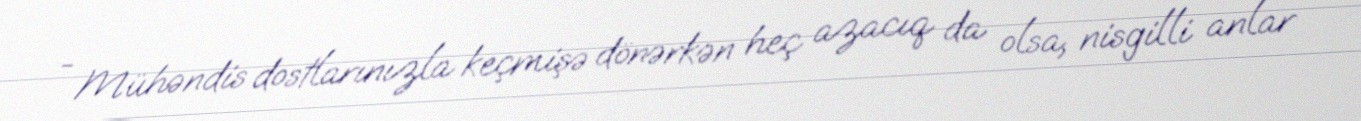
- Mühəndis dostlarınızla keçmişə dönərkən heç azacıq da olsa, nisgilli anlar